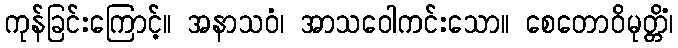
ကုန်ခြင်းကြောင့်။ အနာသဝံ၊ အာသဝေါကင်းသော။ စေတောဝိမုတ္တိံ၊